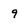
Character: 9